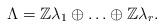
LaTeX: \begin{align*}\Lambda = \mathbb{Z}\lambda _1 \oplus \ldots \oplus \mathbb{Z}\lambda _r.\end{align*}